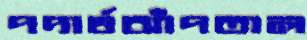
পদার্থঝাঁপতাল